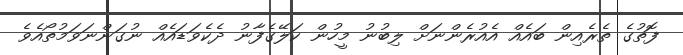
ފޮތުގެ ތެރެއިން ބައެއް އެއުރެންނަށް ލިބުނު މީހުން ކަލޭގެފާނު ދެކެވަޑައެއް ނުގަންނަވަމުތޯއެވެ